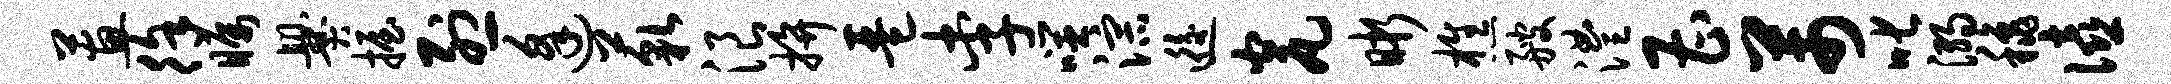
蕙徐瞩爨握烈逢藐浪拚琶李噬淙逅瓮晰樵艘澧曹芾叱溺秋僖